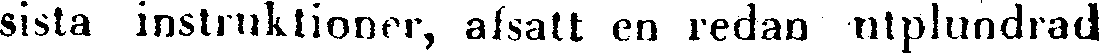
sista instruktioner, afsatt en redan utplundrad